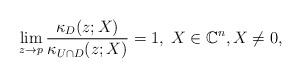
LaTeX: \begin{align*}\lim_{z\to p}\frac{\kappa_D(z;X)}{\kappa_{U\cap D}(z;X)}=1,\; X\in\mathbb C^n, X\neq 0,\end{align*}